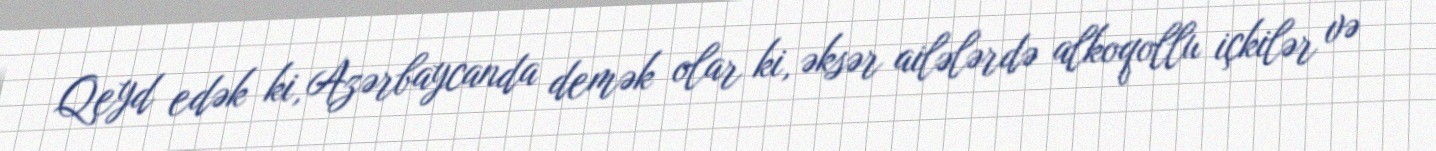
Qeyd edək ki, Azərbaycanda demək olar ki, əksər ailələrdə alkoqollu içkilər və